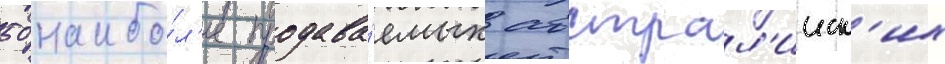
50 наибо́л'ее продава́емых австрал'ииск'их